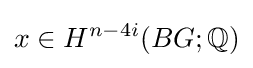
x\in H^{n-4i}(BG;\mathbb {Q} )